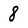
Character: 8